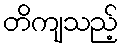
တိကျသည့်